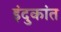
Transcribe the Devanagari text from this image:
इंदुकांत